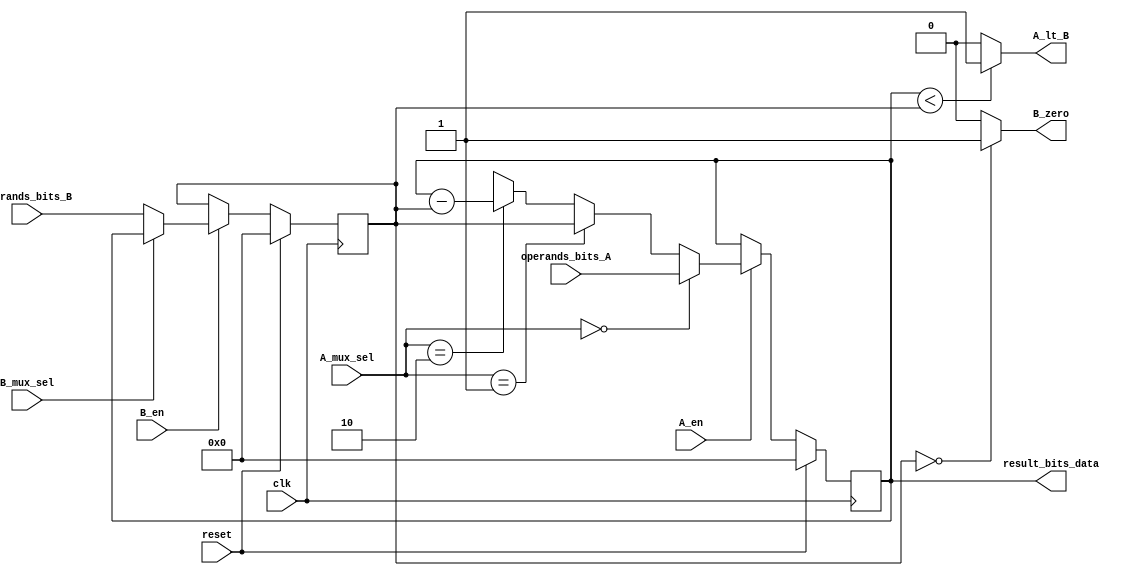
//=========================================================================
// RTL Model of GCD Unit Datpath
//-------------------------------------------------------------------------
//

module gcd_datapath #( parameter W = 16 )
( 

	//data inputs/outputs
	input [W-1:0] operands_bits_A,
	input [W-1:0] operands_bits_B,
	output [W-1:0] result_bits_data,

	//global inputs
	input clk, reset,

	//control signal inputs and outputs
	input B_mux_sel, A_en, B_en,
	input [1:0] A_mux_sel,
	output B_zero,
	output A_lt_B
);


reg [W-1:0] A_reg;
reg [W-1:0] B_reg;
wire [W-1:0] A_next;
wire [W-1:0] B_next;
wire [W-1:0] sub_out;

// Combinational
// ------------
assign A_next
	= A_mux_sel == 0 ? operands_bits_A
	: A_mux_sel == 1 ? B_reg
	: A_mux_sel == 2 ? sub_out
	: {W{1'bx}};

assign B_next
	= B_mux_sel == 0 ? operands_bits_B
	: B_mux_sel == 1 ? A_reg
	: {W{1'bx}};

// Subtract
assign sub_out = A_reg - B_reg;

// Zero?
assign B_zero = (B_reg == 0) ? 1'b1 : 1'b0;

// LT
assign A_lt_B = (A_reg < B_reg) ? 1'b1 : 1'b0;

// Assign output
assign result_bits_data = A_reg;



// Sequential
// ---------
always @ (posedge clk) begin

	if(reset) begin
		A_reg <= 0;
		B_reg <= 0;
	end else begin
		if (A_en) A_reg <= A_next;
		if (B_en) B_reg <= B_next;
	end

end


endmodule